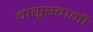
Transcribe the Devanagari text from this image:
वासूस्वामी